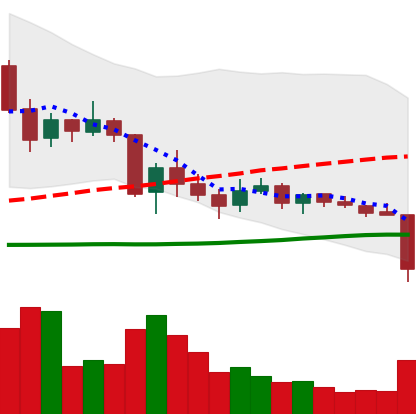
Ticker: TRX-USD
Chart end date: 2018-06-10
Forward return: -10.693%
Label: down_7plus